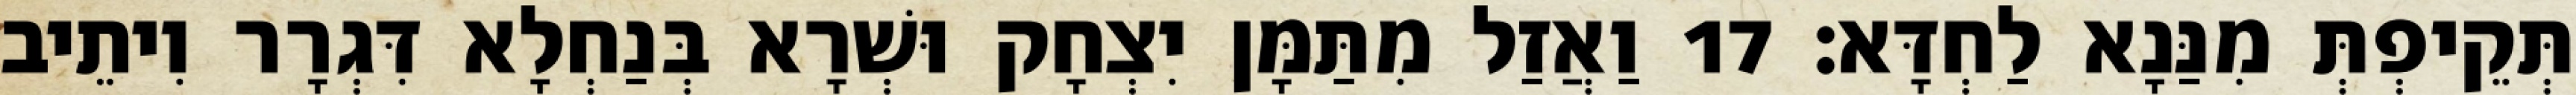
תְּקֵיפְתְּ מִנַּנָא לַחְדָּא׃ 17 וַאֲזַל מִתַּמָּן יִצְחָק וּשְׁרָא בְּנַחְלָא דִּגְרָר וִיתֵיב